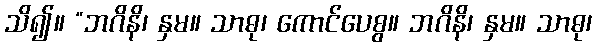
သိ၍။ “ဘဂိနိ၊ နှမ။ သာဓု၊ ကောင်ပေစွ။ ဘဂိနိ၊ နှမ။ သာဓု၊